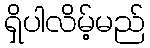
ရှိပါလိမ့်မည်